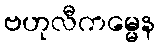
ဗဟုလီကမ္မေန